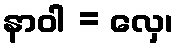
နာဝါ = လှေ၊